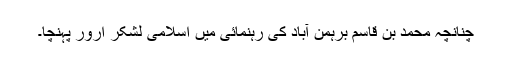
چنانچہ محمد بن قاسم برہمن آباد کی رہنمائی میں اسلامی لشکر ارور پہنچا۔